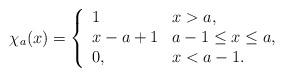
LaTeX: \begin{align*}\chi_a(x)=\left\{\begin{array}{ll}1 & x>a,\\x-a+1 & a-1\leq x\leq a,\\0, & x<a-1.\end{array}\right.\end{align*}